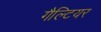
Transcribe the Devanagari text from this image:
गैल्टियर